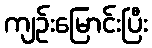
ကျဉ်းမြောင်းပြီး